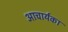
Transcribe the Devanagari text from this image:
अाचार्यका